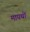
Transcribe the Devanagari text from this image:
मायथों